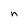
Character: n